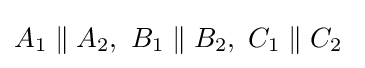
A_{1}\parallel A_{2},\ B_{1}\parallel B_{2},\ C_{1}\parallel C_{2}\